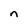
Character: n